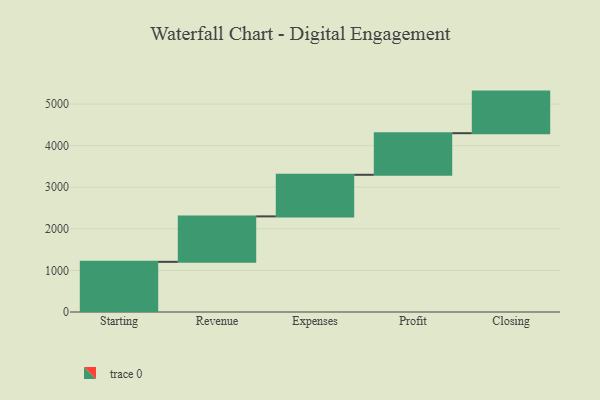
{"axis": {"x": "Step", "y": "Value"}, "legend": [""], "data": [{"x": "Starting", "y": 1206.0, "type": ""}, {"x": "Revenue", "y": 1093.0, "type": ""}, {"x": "Expenses", "y": 1000, "type": ""}, {"x": "Profit", "y": 1000, "type": ""}, {"x": "Closing", "y": 1000, "type": ""}]}